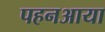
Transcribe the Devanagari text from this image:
पहनआया